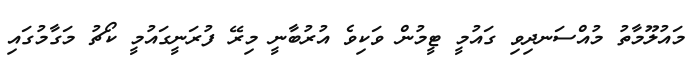
މައުލޫމާތު މުއްސަނދިވި ގައުމީ ޓީމުން ވަކިވެ އުރުބާނީ މިރޭ ފުރަނީގައުމީ ކޯޗު މަގާމުގައި